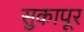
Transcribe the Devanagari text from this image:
सुकापूर